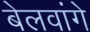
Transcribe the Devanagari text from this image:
बेलवांगे